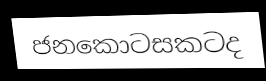
ජනකොටසකටද